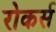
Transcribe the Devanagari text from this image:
रोकर्स